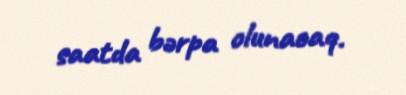
saatda bərpa olunacaq.